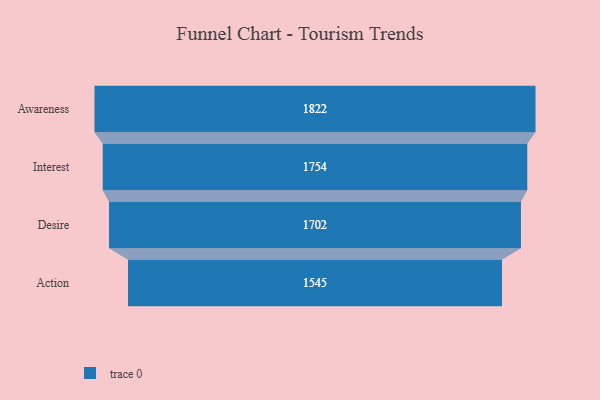
{"axis": {"x": "Stage", "y": "Value"}, "legend": [""], "data": [{"x": "Awareness", "y": 1822.0, "type": ""}, {"x": "Interest", "y": 1754.0, "type": ""}, {"x": "Desire", "y": 1702.0, "type": ""}, {"x": "Action", "y": 1545.0, "type": ""}]}